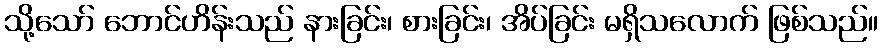
သို့သော် ဘောင်ဟိန်းသည် နားခြင်း၊ စားခြင်း၊ အိပ်ခြင်း မရှိသလောက် ဖြစ်သည်။